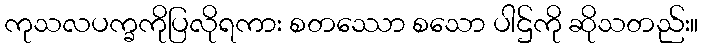
ကုသလပက္ခကိုပြလိုရကား စတဿော စသော ပါဌ်ကို ဆိုသတည်း။